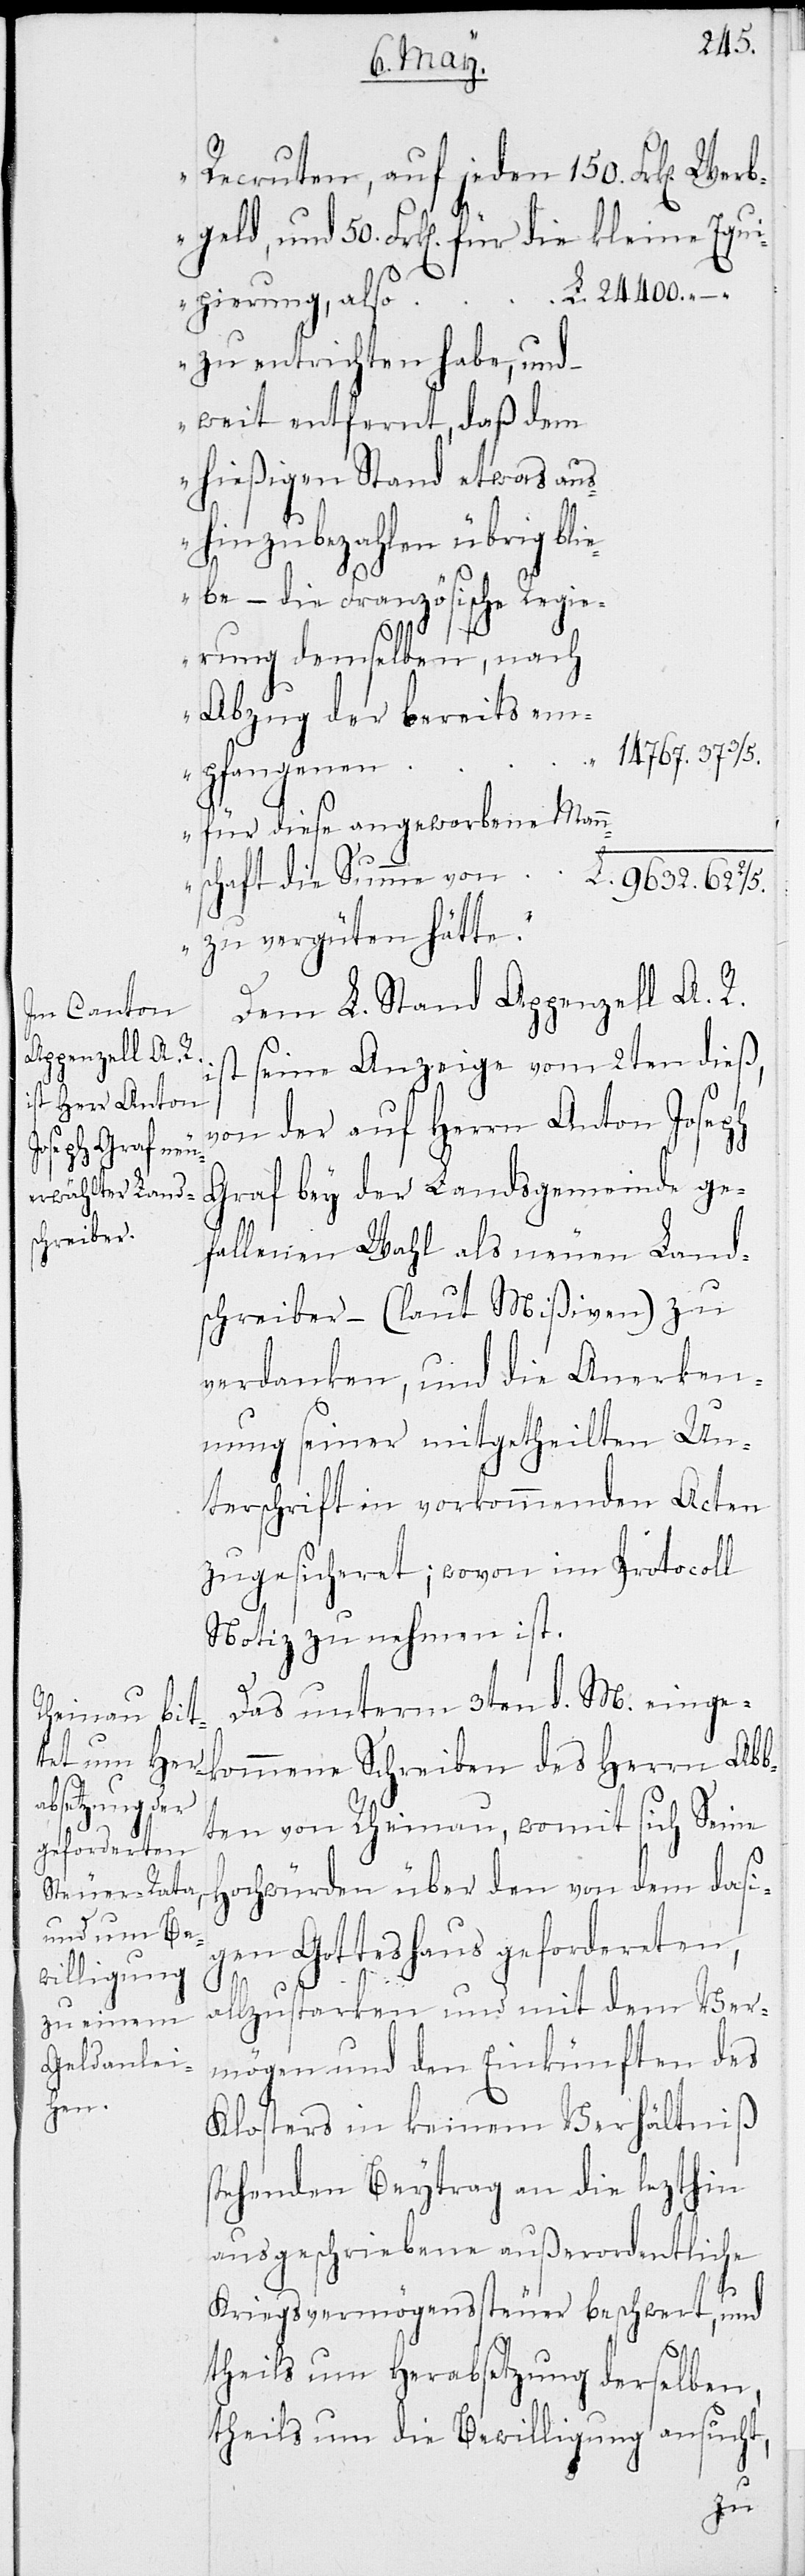
Recruten, auf jeden 150. Frk. Werb¬
geld, und 50. Frk. für die kleine Equi¬
L. 24400.–.
pierung, also
zu entrichten habe, und –
weit entfernt, daß dem
hießigen Stand etwas aus¬
hin zu bezahlen übrig bli¬
ebe – die Französische Regie¬
rung demselben, nach
Abzug der bereits em¬
14767.37 3/5
pfangenen
für diese angeworbene Mann¬
schaft die Summe von
L. 9632.62 2/5
zu vergüten hätte.“
Dem L. Stand Appenzell A. R.
ist seine Anzeige vom 2ten dieß,
von der auf Anton Joseph
Graf bey der Landsgemeinde ge¬
fallenen Wahl als neuen Land¬
schreiber – (laut Mißiven) zu
verdanken, und die Anerken¬
nung seiner mitgetheilten Un¬
terschrift in vorkommenden Acten
zugesicheret; wovon im Protocoll
Notiz zu nehmen ist.
Das unterm 3ten d. M. einge¬
kommene Schreiben des Herrn Abb¬
ten von Rheinau, womit sich seine
ochwürden über den von dem dasi¬
gen Gotteshaus gefordereten,
allzustarken und mit dem Ver¬
mögen und den Einkünften des
Klosters in keinem Verhältniß
tehnden Beytrag an die lezthin
ausgeschriebene außerordentliche
Kriegsvermögenssteuer beschwert, und
theils um Herabsetzung derselben,
theils um Bewilligung ansucht,
s¬